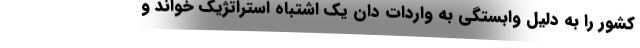
کشور را به دلیل وابستگی به واردات دان یک اشتباه استراتژیک خواند و